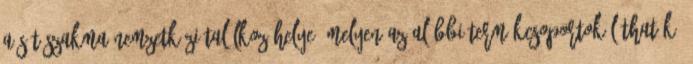
a sütőszakma nemzetközi találkozóhelye, melyen az alábbi termékcsoportok láthatók: